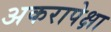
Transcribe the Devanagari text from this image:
अकरापेक्षा